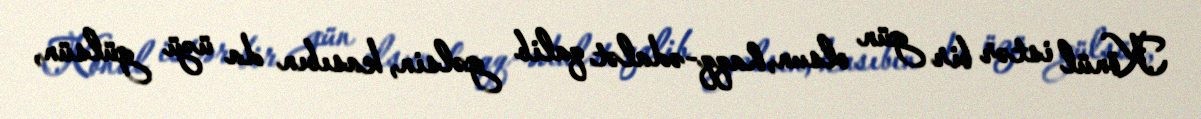
Könül istər bir gün olsun, haqq-ədalət qalib gəlsin, kasıbın da üzü gülsün,